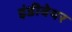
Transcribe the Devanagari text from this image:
इंडीवेयर